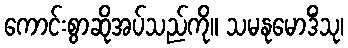
ကောင်းစွာဆိုအပ်သည်ကို။ သမနုမောဒိံသု၊